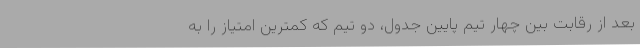
بعد از رقابت بین چهار تیم پایین جدول، دو تیم که کمترین امتیاز را به